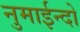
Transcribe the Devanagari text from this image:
नुमाईन्दो